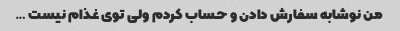
من نوشابه سفارش دادن و حساب کردم ولی توی غذام نیست …